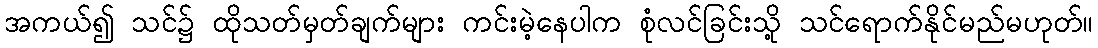
အကယ်၍ သင်၌ ထိုသတ်မှတ်ချက်များ ကင်းမဲ့နေပါက စုံလင်ခြင်းသို့ သင်ရောက်နိုင်မည်မဟုတ်။